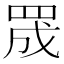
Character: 𮊅